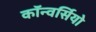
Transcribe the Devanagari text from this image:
कॉन्वर्सियो